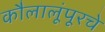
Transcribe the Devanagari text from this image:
कौलालूंपूरचे